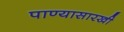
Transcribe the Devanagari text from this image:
पाण्यासारखी